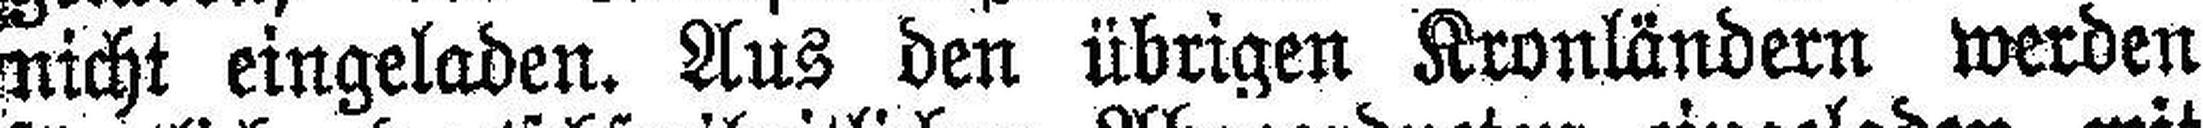
nicht eingeladen. Aus den übrigen Kronländern werden